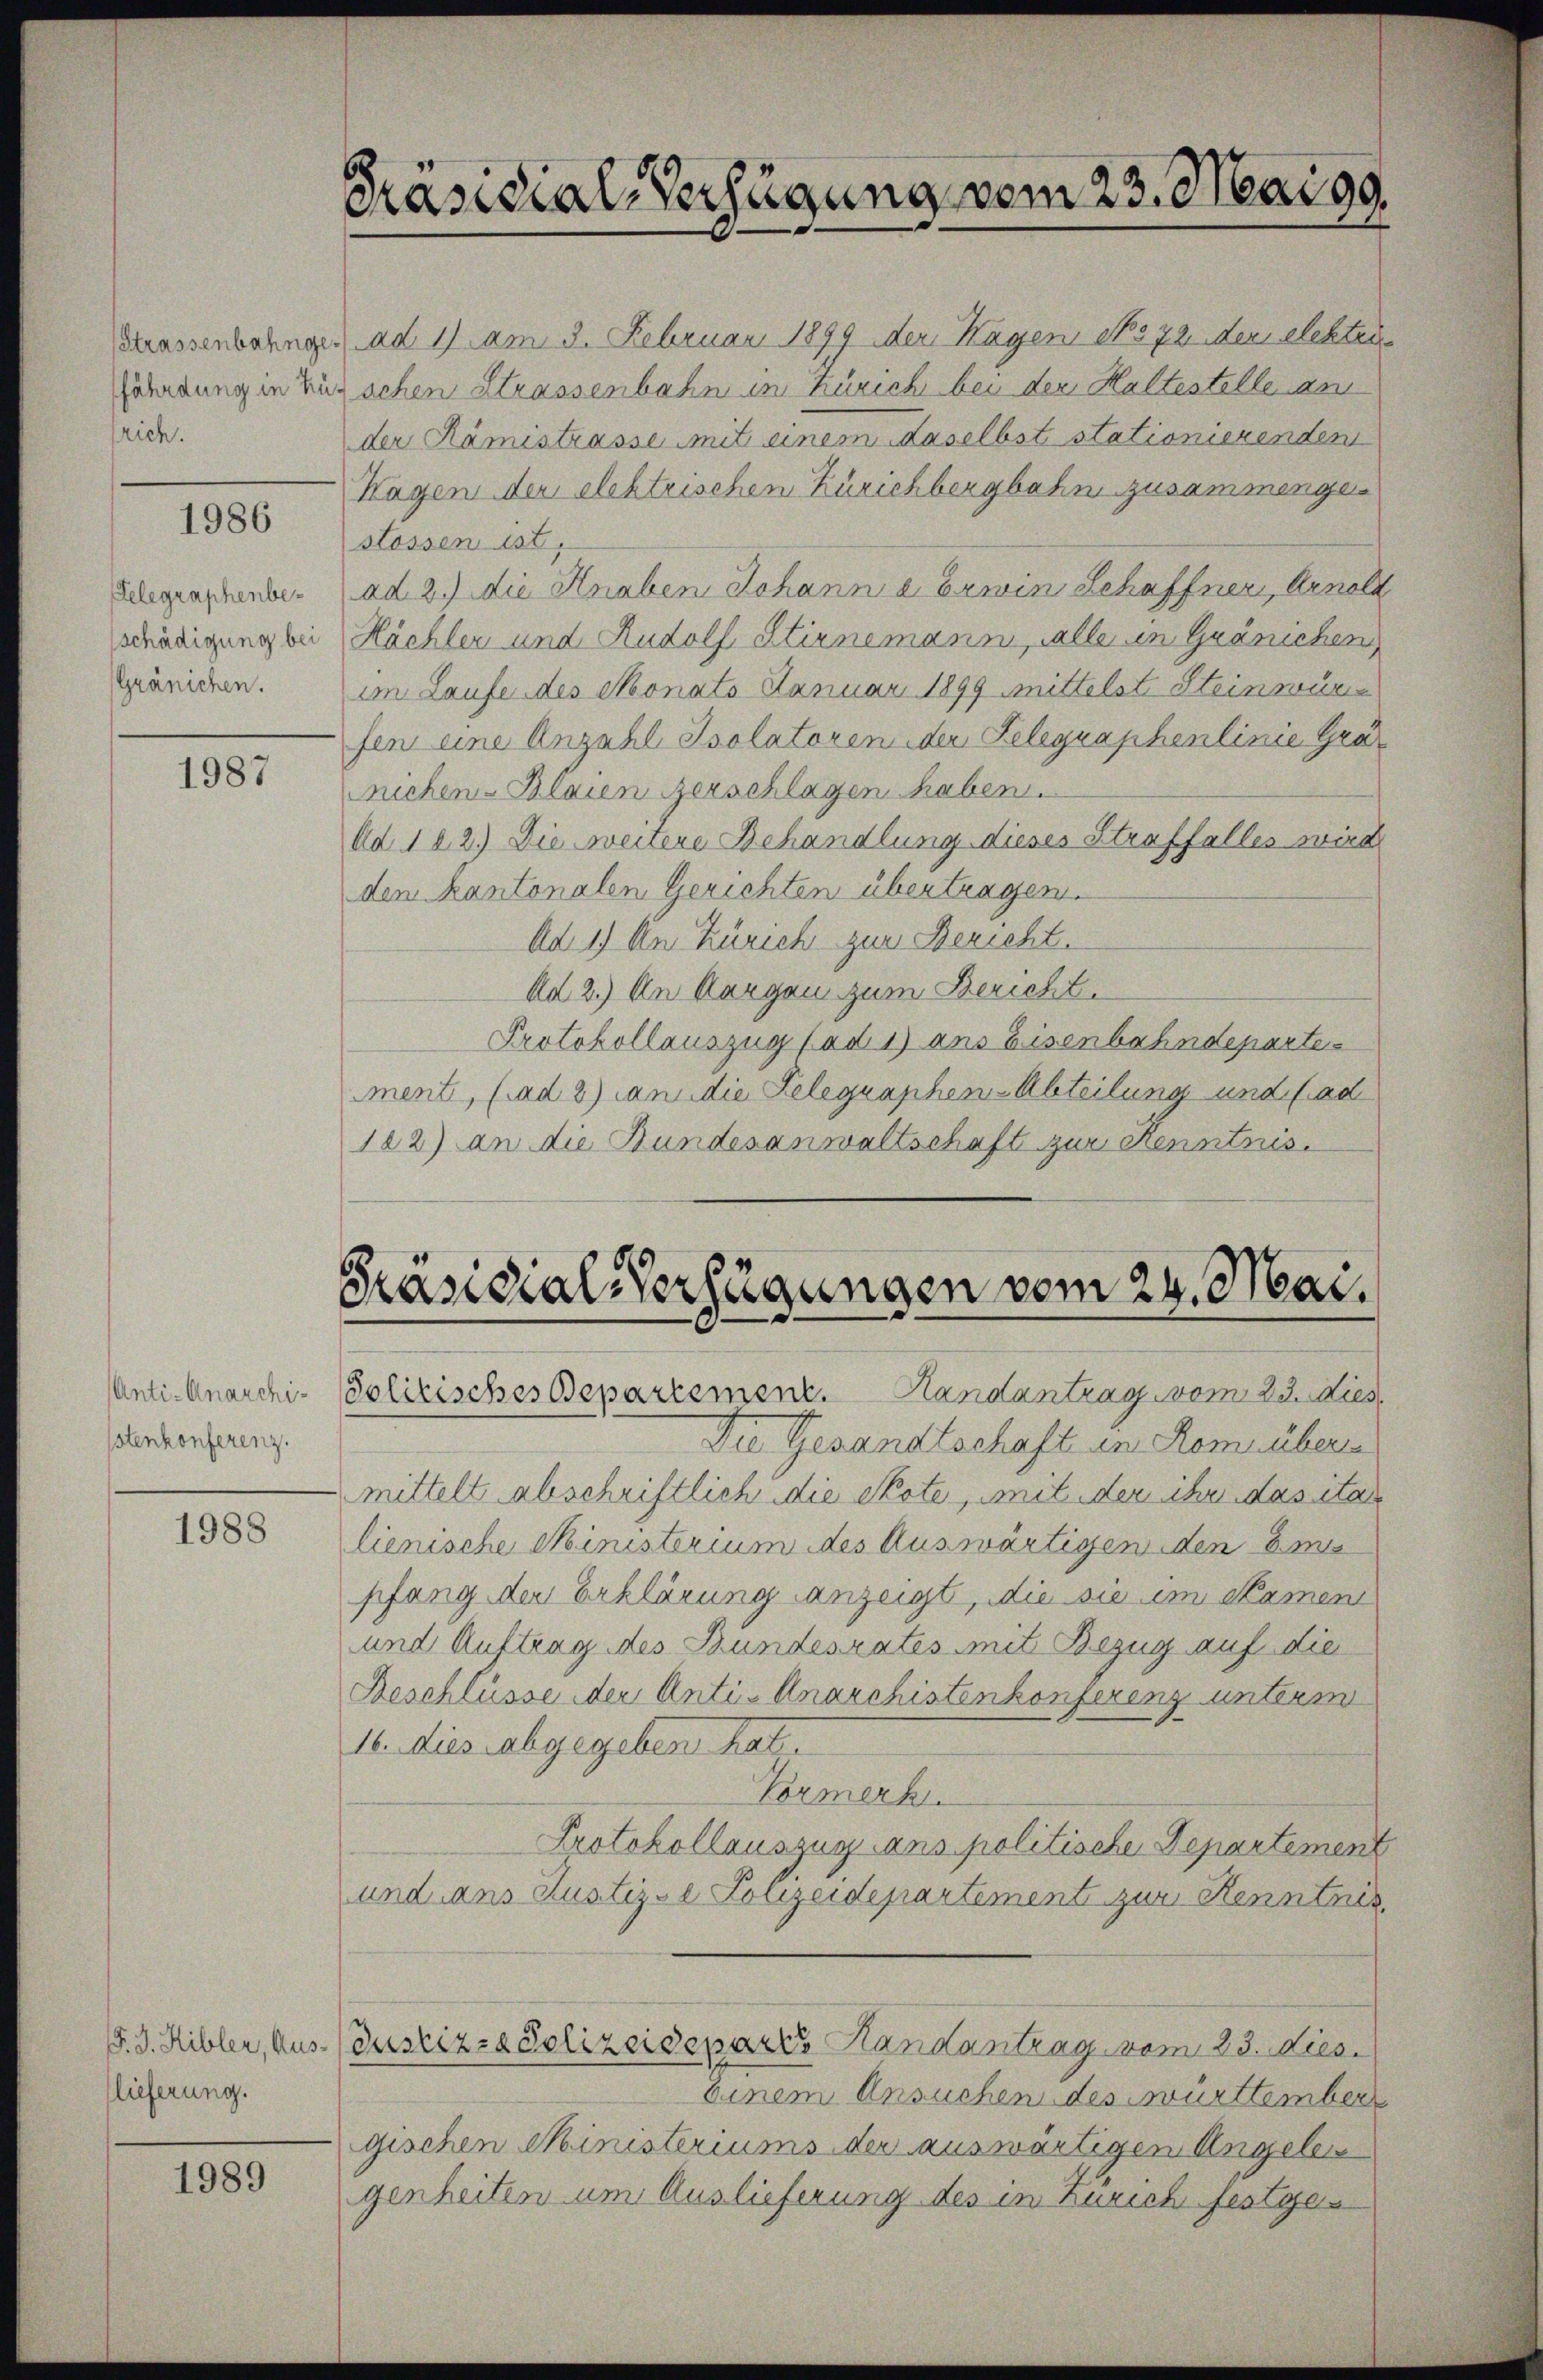
srich.

1986

elegraphenbeschädigung bei
Gränichen.

1987

Anti-Anarchi¬
Istenkonferenz.

1988

lieferung.

1989

Präsidial-Verfügung vom 23. Mai 99.

Präsidial-Verfügungen vom 24. Mai.
Solitisches Departement. Handantrag vom 23. dies

lassenbahnge. ad 1) am 3. Februar 1899 der Hagen No 72 der echten
Zöhrung in Bürschen Strassenbahn in Zürich bei der Haltestelle an
der Rämistrasse mit einem daselbst stationierenden
Hagen der elektrischen Zürichbergbahn zusammengestossen ist,
ad 2.) die Knaben Johann a. Erwin Schaffner, Arnold
Hächler und Rudolf Stirnemann, alle in Gränichen
an Laufe des Monats Januar 1899 mittelst Steinwürfen eine Anzahl Isolatoren der Gelegraphenlinie Granichen-Blaien zerschlagen haben.
Ad 122.) Die weitere Behandlung dieses Straffalles wird
den kantonalen Gerichten übertragen.
Ad 1) An Zürich zur Bericht.
Ad 2.) An Morgen zum Bericht.
Protokollauszug fad 1) ans Eisenbahndeparte
ment, (ad 2) an die Gelegraphen-Abteilung und (ad
182) an die Bundesanwaltschaft zur Kenntnis.

Die Gesandtschaft in Remsübers
mittelt abschriftlich die Note mit der ihr das ita
lienische Ministerium des Auswärtigen den Em
pfang der Erklärung anzeigt, die sie im Namen
und Auftrag des Bundesrates mit Bezug auf die
Beschlüsse der Anti-Anarchistenkonferenz unterm
16. dies abgegeben hat.
Vormerk
Protokollauszug ans politische Departement
und dans Justiz- & Polizeidepartement zur Kenntnis
F. J. Hibler, Aus- (Justiz- & Polizeidepartes Handantrag vom 23. Dies
Einem Ansuchen des Furttember
gischen Ministeriums der auswärtigen Angelen
genheiten um Auslieferung des in Zürich festge¬